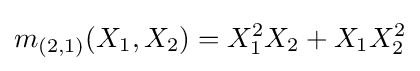
m_{(2,1)}(X_{1},X_{2})=X_{1}^{2}X_{2}+X_{1}X_{2}^{2}